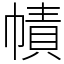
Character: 幘